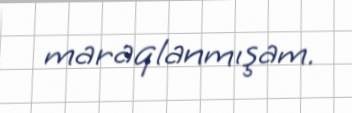
maraqlanmışam.